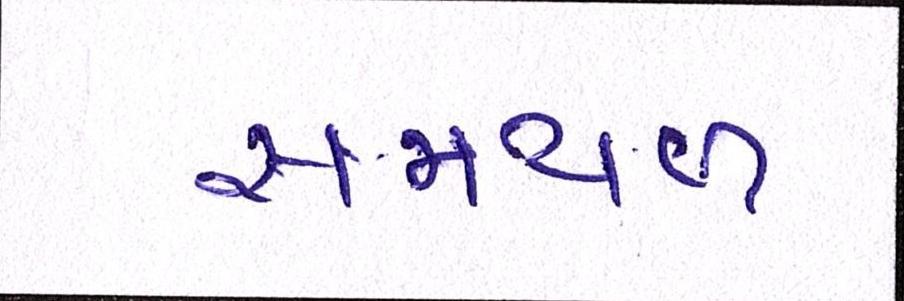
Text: સમથળ